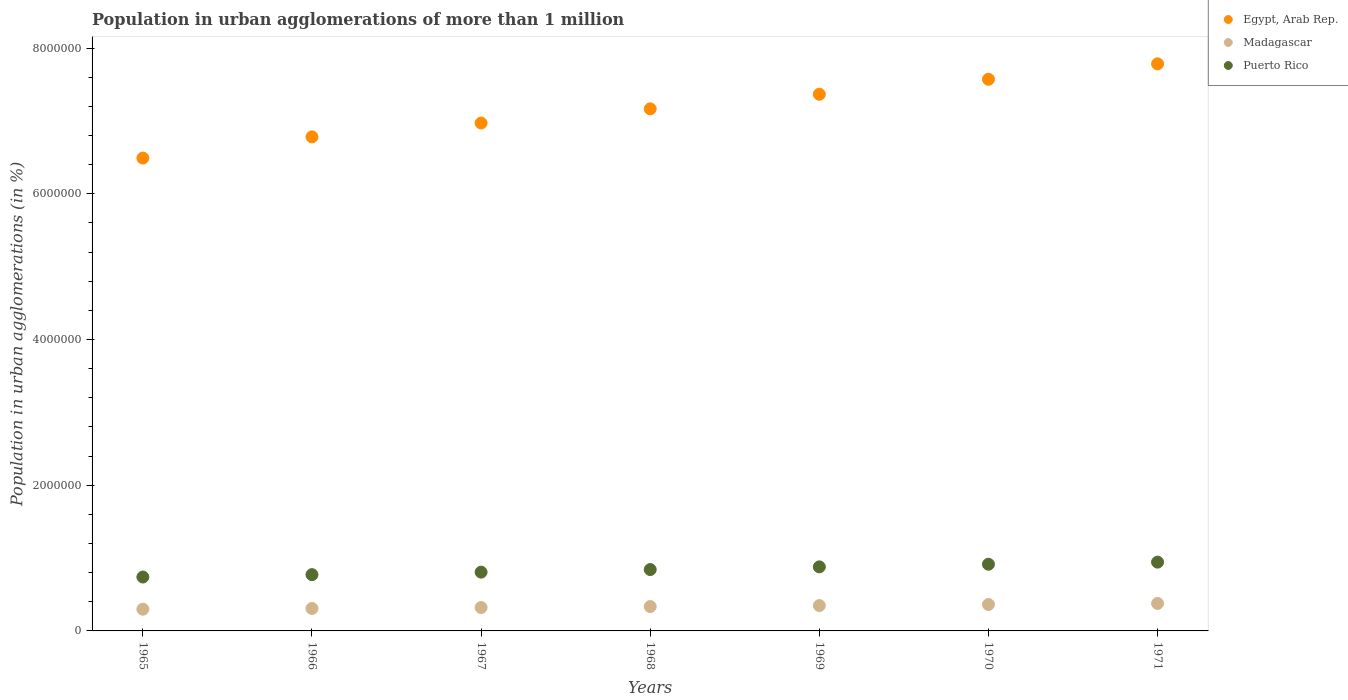
| Years | Egypt, Arab Rep. | Madagascar | Puerto Rico |
 | --- | --- | --- | --- |
 | 1965 | 6.49e+06 | 2.98e+05 | 7.4e+05 |
 | 1966 | 6.78e+06 | 3.08e+05 | 7.72e+05 |
 | 1967 | 6.97e+06 | 3.21e+05 | 8.07e+05 |
 | 1968 | 7.17e+06 | 3.34e+05 | 8.42e+05 |
 | 1969 | 7.37e+06 | 3.48e+05 | 8.79e+05 |
 | 1970 | 7.57e+06 | 3.63e+05 | 9.15e+05 |
 | 1971 | 7.78e+06 | 3.78e+05 | 9.44e+05 |